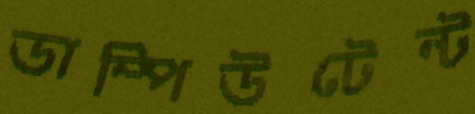
ডাম্পিউটেন্ট